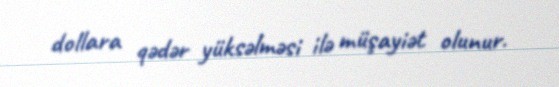
dollara qədər yüksəlməsi ilə müşayiət olunur.